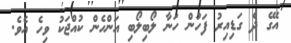
އޭގެ ދެ ގަޑިއިރު ފަހުން ހަނާ ލޯބިލޯބި އަންހެން ކުއްޖަކު ވިހެ އެވެ.